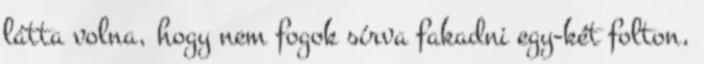
látta volna, hogy nem fogok sírva fakadni egy-két folton,